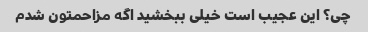
چی؟ این عجیب است خیلی ببخشید اگه مزاحمتون شدم